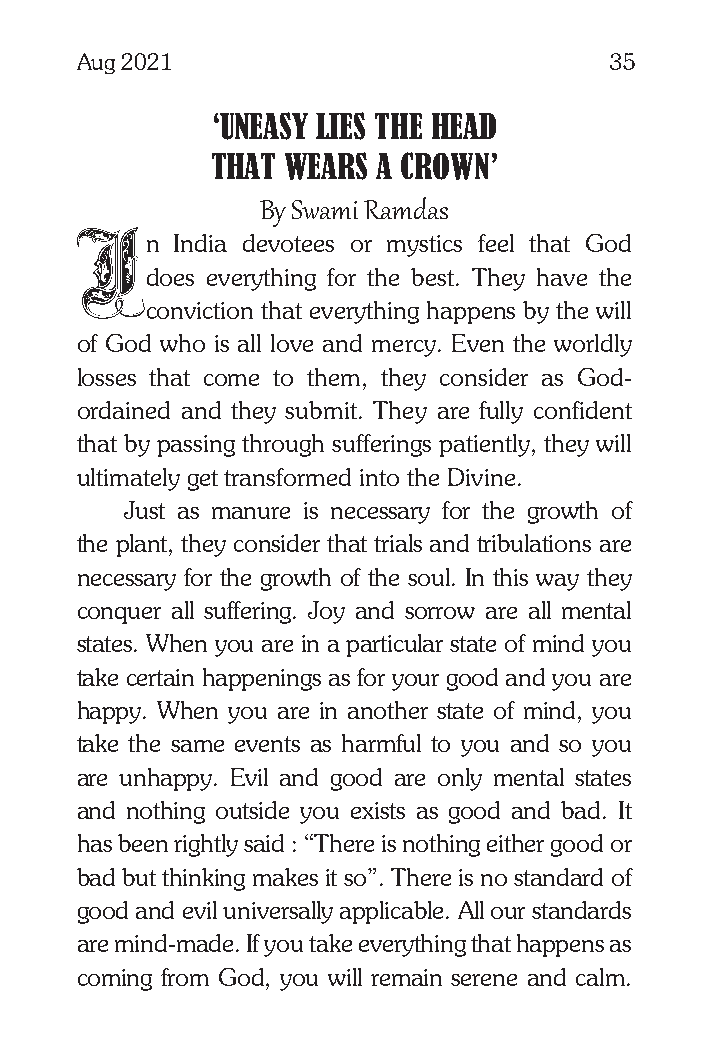
Aug 2021                           35
 ‘UNEASY LIES THE HEAD
 THAT WEARS A CROWN’
 By Swami Ramdas
 n India devotees or mystics feel that God
 does everything for the best. They have the
 conviction that everything happens by the will
 of God who is all love and mercy. Even the worldly
 losses that come to them, they consider as God-
 ordained and they submit. They are fully confident
 that by passing through sufferings patiently, they will
 ultimately get transformed into the Divine.
 Just as manure is necessary for the growth of
 the plant, they consider that trials and tribulations are
 necessary for the growth of the soul. In this way they
 conquer all suffering. Joy and sorrow are all mental
 states. When you are in a particular state of mind you
 take certain happenings as for your good and you are
 happy. When you are in another state of mind, you
 take the same events as harmful to you and so you
 are unhappy. Evil and good are only mental states
 and nothing outside you exists as good and bad. It
 has been rightly said : “There is nothing either good or
 bad but thinking makes it so”. There is no standard of
 good and evil universally applicable. All our standards
 are mind-made. If you take everything that happens as
 coming from God, you will remain serene and calm.